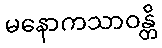
မနောကသာဝန္တိ